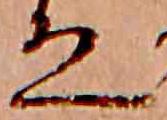
ゑ